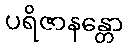
ပရိဇာနန္တော